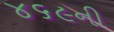
૪૬૯ની